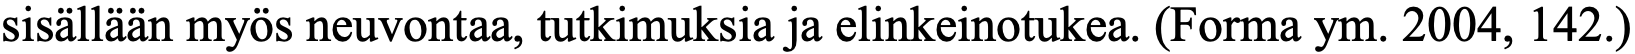
sisällään myös neuvontaa, tutkimuksia ja elinkeinotukea. (Forma ym. 2004, 142.)